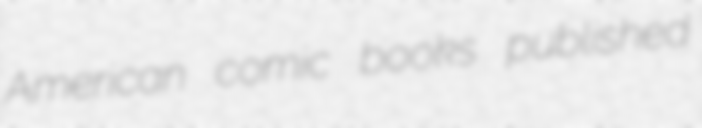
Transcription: American comic books published